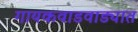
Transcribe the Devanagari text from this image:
गायकवाडवाड्यात